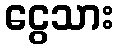
ငွေသား